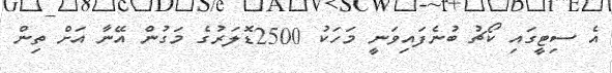
އެ ސިޓީގައި ކޯޗު ބުނެފައިވަނީ މަހަކު 2500ޑޮލަރުގެ މަގުން އޭނާ އަށް ތިން